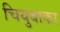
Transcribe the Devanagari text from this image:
चियुबाका